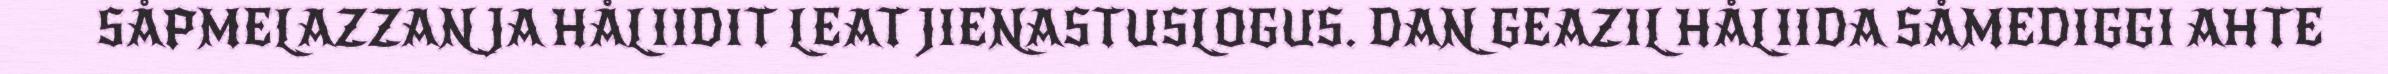
SÅPMELAZZAN JA HÅLIIDIT LEAT JIENASTUSLOGUS. DAN GEAZIL HÅLIIDA SÅMEDIGGI AHTE